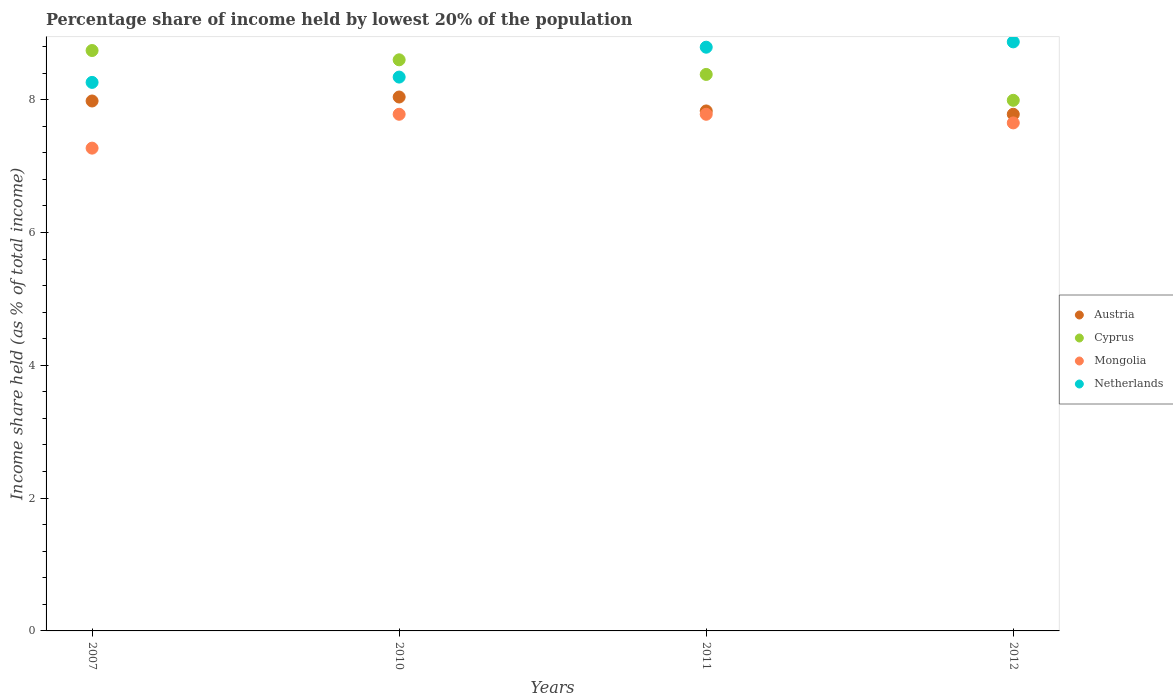
| Years | Austria | Cyprus | Mongolia | Netherlands |
 | --- | --- | --- | --- | --- |
 | 2007 | 7.98 | 8.74 | 7.27 | 8.26 |
 | 2010 | 8.04 | 8.6 | 7.78 | 8.34 |
 | 2011 | 7.83 | 8.38 | 7.78 | 8.79 |
 | 2012 | 7.78 | 7.99 | 7.65 | 8.87 |